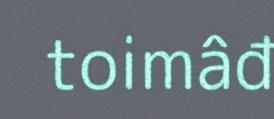
toimâđ